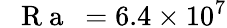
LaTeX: \mathrm{~\textit~{~R~a~}~}=6.4\times 10^{7}